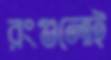
রংগুলোই